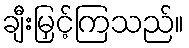
ချီးမြှင့်ကြသည်။